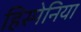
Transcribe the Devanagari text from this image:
हिस्पेनिया